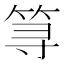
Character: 𱷽